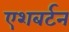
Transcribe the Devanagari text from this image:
एशबर्टन